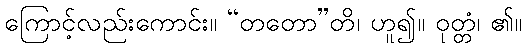
ကြောင့်လည်းကောင်း။ “တတော”တိ၊ ဟူ၍။ ဝုတ္တံ၊ ၏။